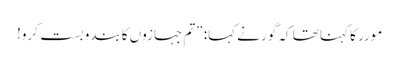
مورر کا کہنا تھا کہ گور نے کہا: ”تم جہازوں کا بندوبست کرو!